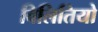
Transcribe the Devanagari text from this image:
विलितियो